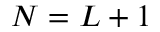
N = L + 1